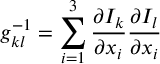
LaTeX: g _ { k l } ^ { - 1 } = \sum _ { i = 1 } ^ { 3 } \frac { \partial I _ { k } } { \partial x _ { i } } \frac { \partial I _ { l } } { \partial x _ { i } }